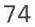
74